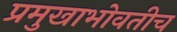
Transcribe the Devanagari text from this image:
प्रमुखाभोवतीच